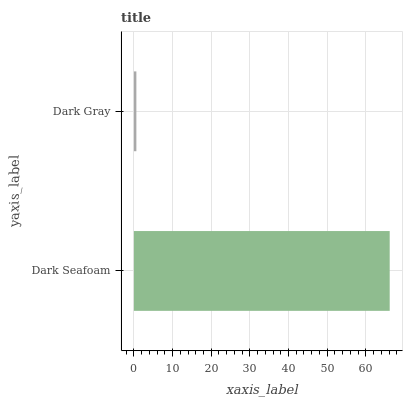
| yaxis_label | bars |
 | --- | --- |
 | Dark Seafoam | 66.2 |
 | Dark Gray | 0.642 |